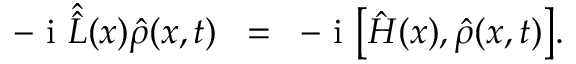
- { \mathrm { ~ i ~ } } { \hat { \hat { L } } } ( x ) \hat { \rho } ( x , t ) \; \; = \; \; - { \mathrm { ~ i ~ } } \big [ \hat { H } ( x ) , \hat { \rho } ( x , t ) \big ] .